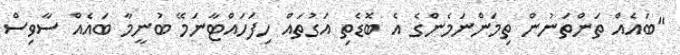
"ބައެއް ތަންތަނުން ތިމަންނަމެންގެ އެ ބޮޑެތި އަގުތައް ހިފަހައްޓާނަމޭ ބުނީމާ ބައެއް ސާވިސް